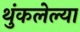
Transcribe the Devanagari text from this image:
थुंकलेल्या